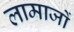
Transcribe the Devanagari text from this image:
लामाजों